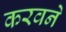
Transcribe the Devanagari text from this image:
करवने